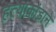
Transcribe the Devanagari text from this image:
हत्याकांडाने